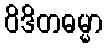
ဝိဒိတဓမ္မာ